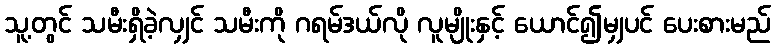
သူ့တွင် သမီးရှိခဲ့လျှင် သမီးကို ဂရမ်ဒယ်လို လူမျိုးနှင့် ယောင်၍မျှပင် ပေးစားမည်